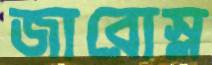
জারোস্ল